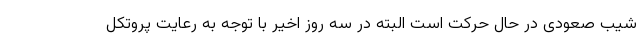
شیب صعودی در حال حرکت است البته در سه روز اخیر با توجه به رعایت پروتکل